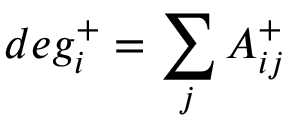
d e g _ { i } ^ { + } = \sum _ { j } A _ { i j } ^ { + }